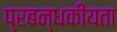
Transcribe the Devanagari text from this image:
प्रबन्धकीयता